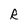
Character: R